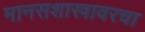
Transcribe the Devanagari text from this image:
मानसशास्त्रावरचा